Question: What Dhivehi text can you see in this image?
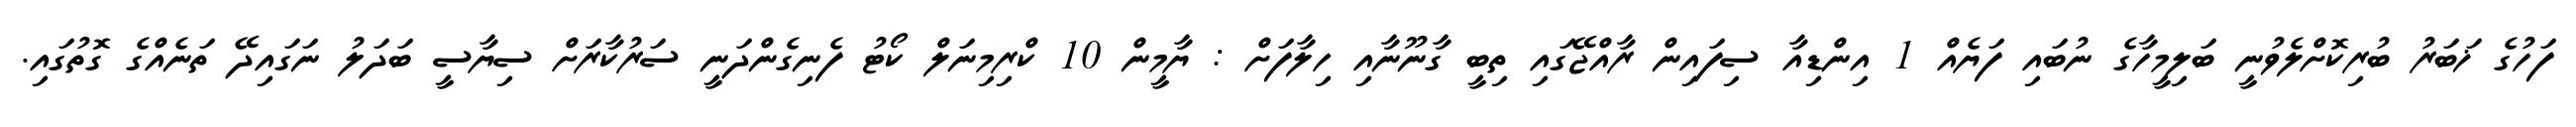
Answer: ފަހުގެ ޚަބަރު ބުރިކޮށްލެވުނީ ބަލިމީހާގެ ނުބައި ފަޔެއް 1 އިންޑިއާ ސިފައިން ރާއްޖޭގައި ތިބީ ގާނޫނާއި ހިލާފަށް : ޔާމީން 10 ކްރިމިނަލް ކޯޓު ފެނިގެންދަނީ ސަރުކާރަށް ސިޔާސީ ބަދަލު ނަގައިދޭ ތަނެއްގެ ގޮތުގައި.